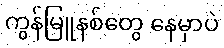
ကွန်မြူနစ်တွေ နေမှာပဲ